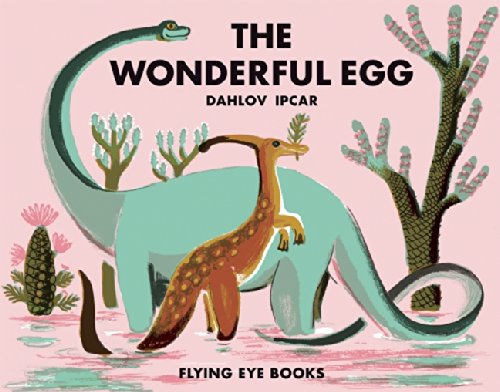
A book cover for The Wonderful Egg (Dahlov Ipcar Collection); Children's Books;